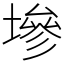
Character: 墋